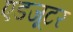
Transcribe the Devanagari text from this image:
एडजूटर